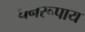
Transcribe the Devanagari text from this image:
घनरूपाय